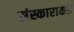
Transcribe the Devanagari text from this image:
संस्काराकडे